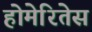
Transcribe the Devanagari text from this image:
होमेरितेस